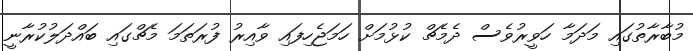
މުބާރާތުގައި މަދަމާ ހަވީރުވެސް ދެމެޗް ކުޅުމަށް ހަމަޖެހިފައި ވާއިރު ފުރަތަމަ މެޗްގައި ބައްދަލުކުރާނީ